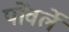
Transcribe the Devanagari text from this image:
पोंवर्ले